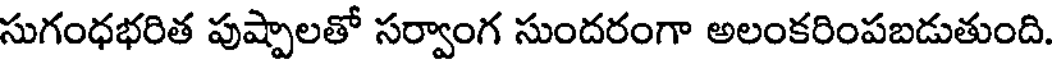
సుగంధభరిత పుష్పాలతో సర్వాంగ సుందరంగా అలంకరింపబడుతుంది.